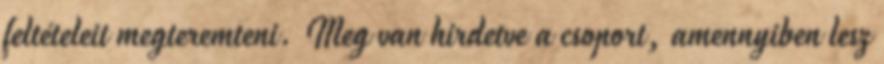
feltételeit megteremteni. Meg van hirdetve a csoport, amennyiben lesz